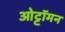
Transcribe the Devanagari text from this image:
ओट्टॉमन